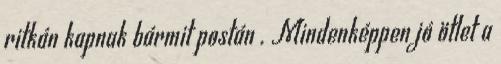
ritkán kapnak bármit postán . Mindenképpen jó ötlet a